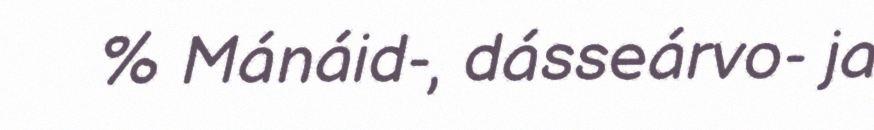
% Mánáid-, dásseárvo- ja